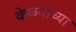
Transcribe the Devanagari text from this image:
केळ्याच्या